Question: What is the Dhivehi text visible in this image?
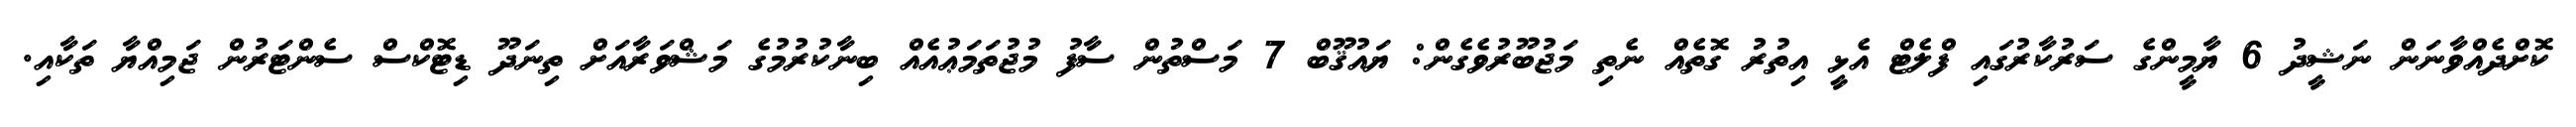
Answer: ކޮށްދެއްވާނަން ނަޝީދު 6 ޔާމީންގެ ސަރުކާރުގައި ފްލެޓް އެޅީ އިތުރު ގޮތެއް ނެތި މަޖުބޫރުވެގެން: ޔައުޤޫބް 7 މަސްތުން ސާފު މުޖުތަމަޢުއެއް ބިނާކުރުމުގެ މަޝްވަރާއަށް ތިނަދޫ ޑިޓޮކްސް ސެންޓަރުން ޖަމިއްޔާ ތަކާއި.